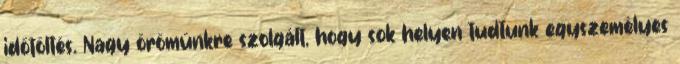
időtöltés. Nagy örömünkre szolgált, hogy sok helyen tudtunk egyszemélyes